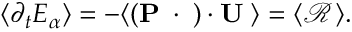
\begin{array} { r } { \langle \partial _ { t } \cal E _ { \alpha } \rangle = - \langle ( \mathbf { P } _ { \alpha } \cdot \nabla ) \cdot \mathbf { U } _ { \alpha } \rangle = \langle \mathcal R _ { \alpha } \rangle . } \end{array}